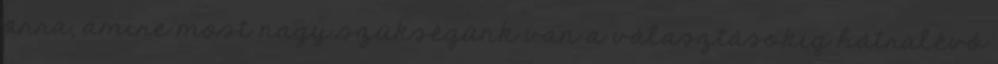
arra, amire most nagy szükségünk van a választásokig hátralévő